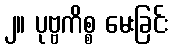
၂။ ပုဗ္ဗကိစ္စ မေးခြင်း